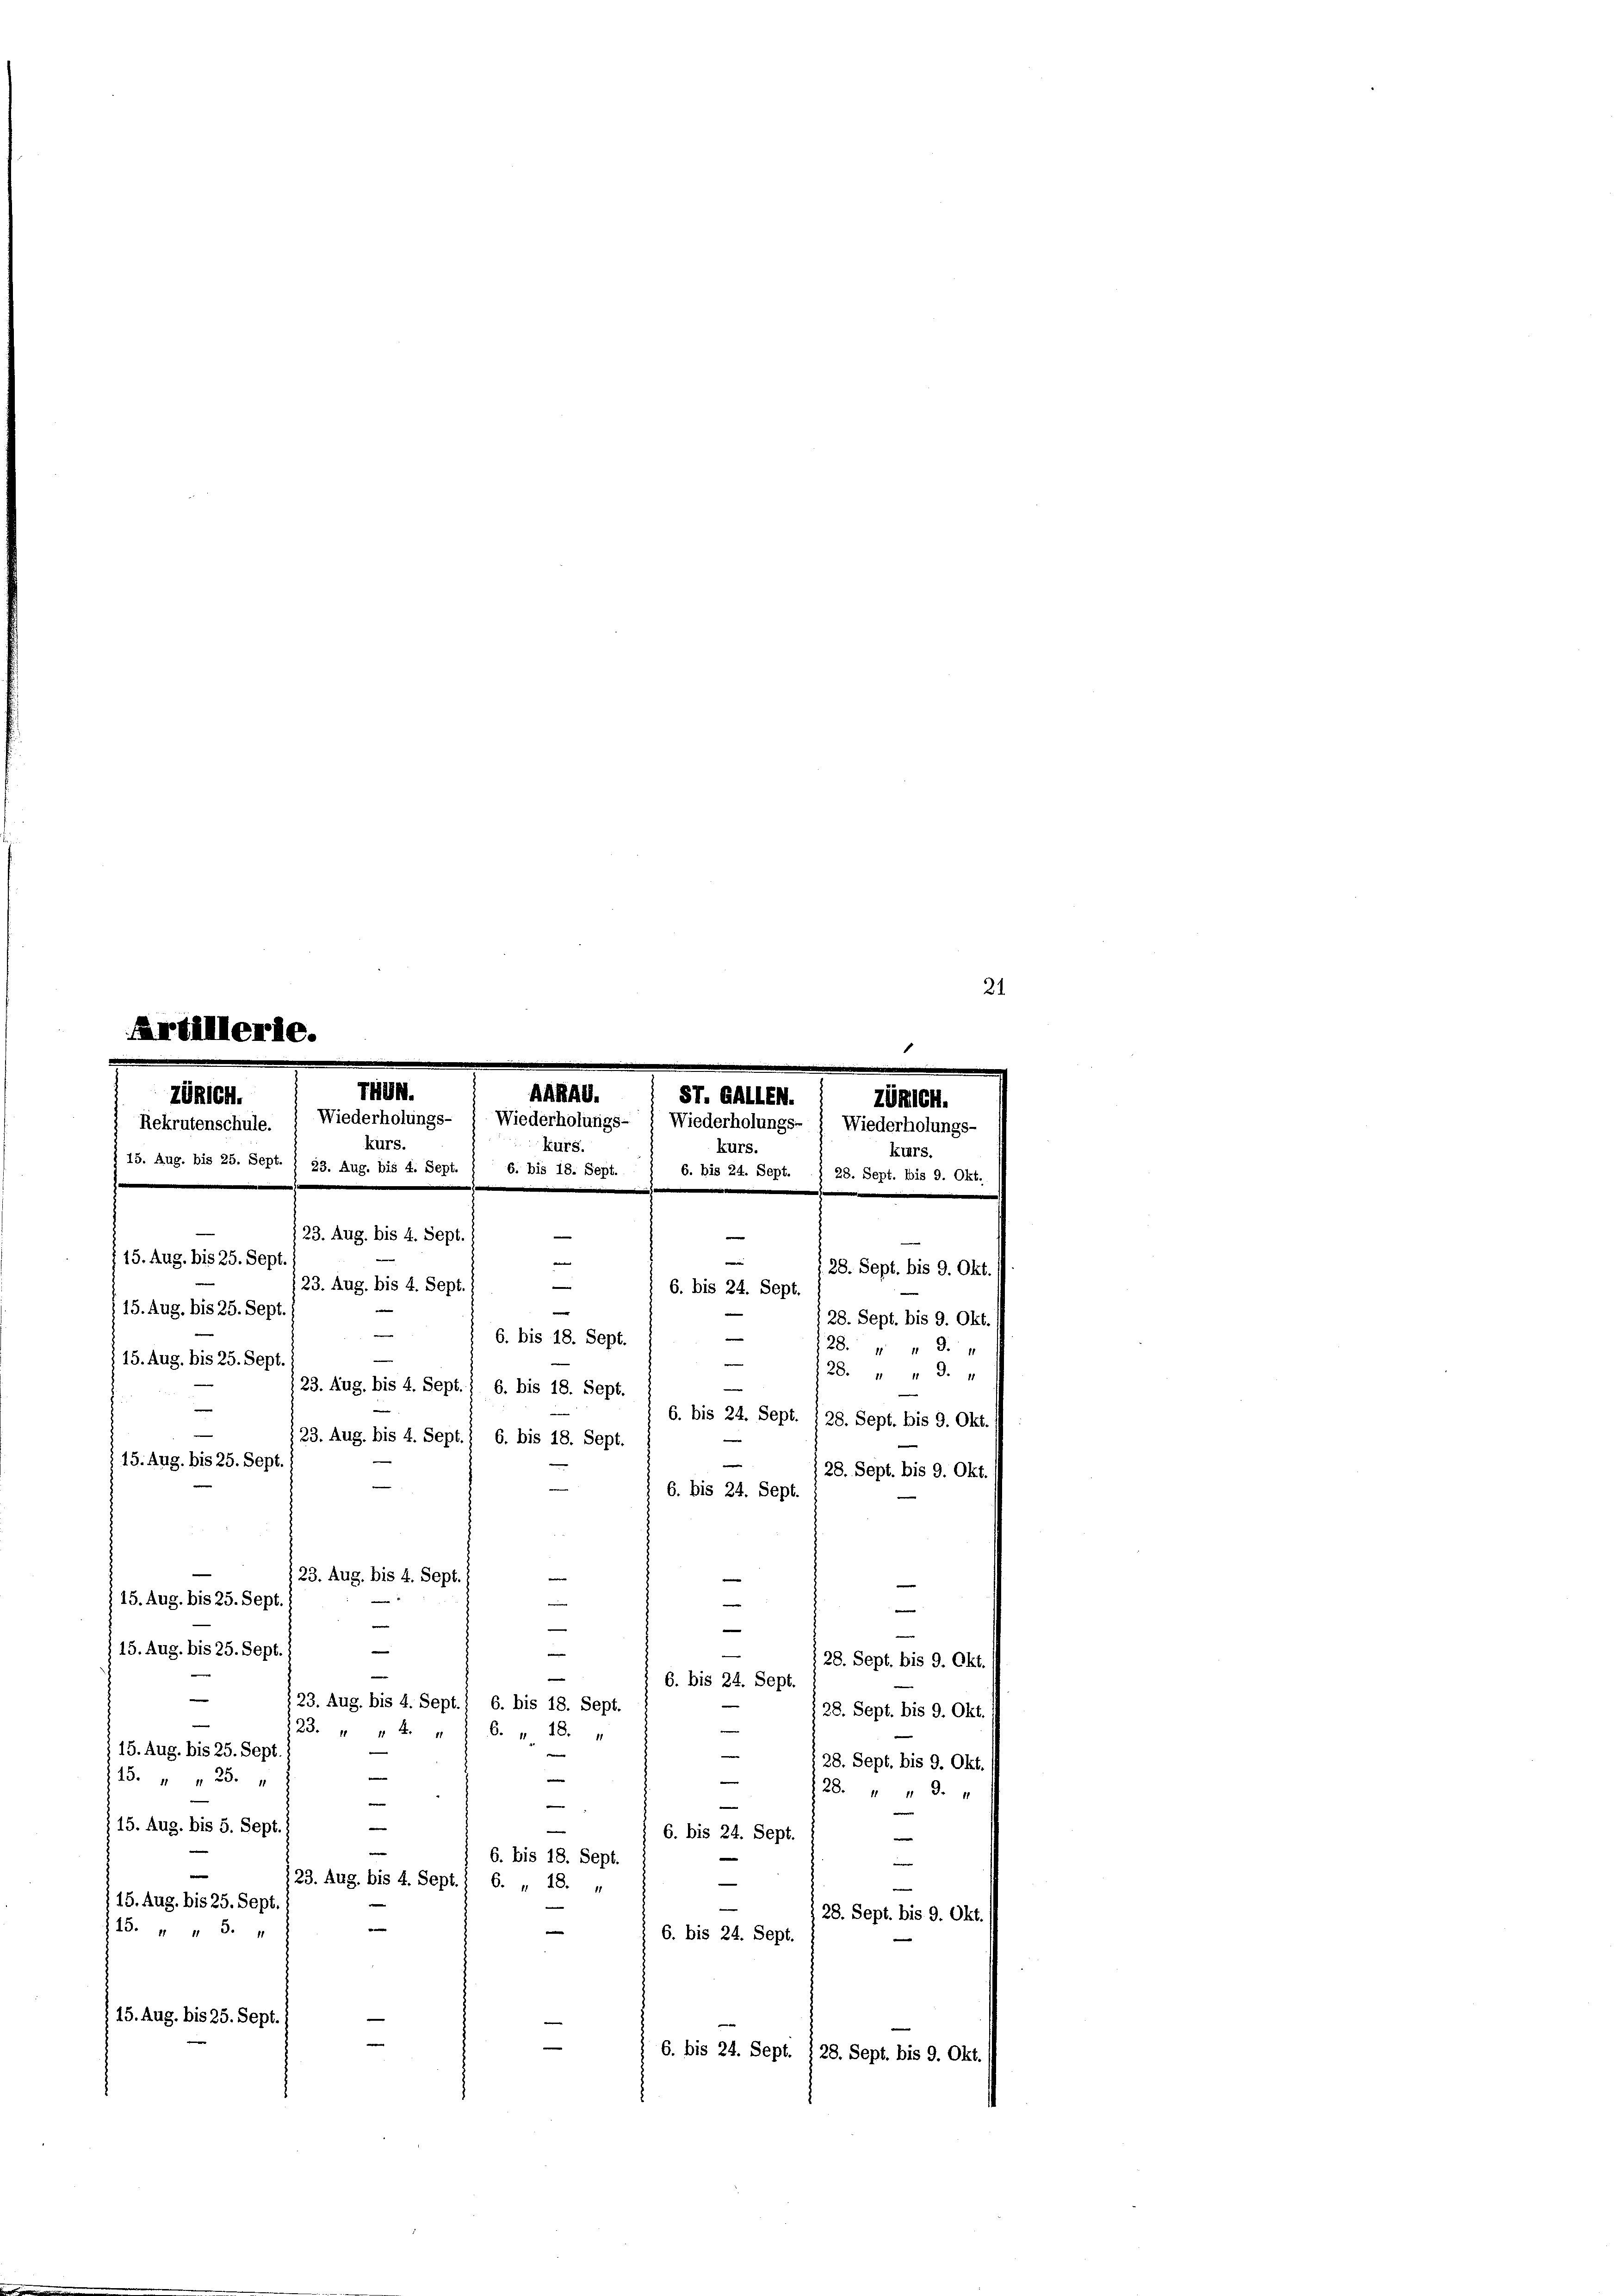
21

.
Thun.
AGRAG.
ST. GALLEN.
ZOhlen.
zönicht.
Wiederholungs-
Rekrutenschule.  Wiederholungs-
Wiederholungs- ) Wiederholungs-
kurs.
Kurs.
kurs.
kurs.
15. Aug. bis 25. Sept. 1 23. Aug. bis 4. Sept. ) 6. bis 18. Sept.
6. bis 24. Sept. § 28. Sept. bis 9. Okt.
 23. Aug. bis 4. Sept.
e
15. Aug. bis 25. Sept.
—
28. Sept. bis 9. Okt.
e
23. Aug. bis 4. Sept.
6. bis 24. Sept.

Artillerie.

15. Aug. bis 25. Sept
e
28. Sept. bis 9. Okt.
e
e
6. bis 18. Sept
28. " " "
—
15. Aug. bis 25. Sept.
28 " " 9.
 23. Aug, bis 4. Sept. 1 6. bis 18. Sept.
—
6. bis 24. Sept. 128. Sept. bis 9. Okt.
23. Aug. bis 4. Sept.) 6. bis 18. Sept.
§ 15. Aug. bis 25. Sept
e
28. Sept. bis 9. Okt.
e
6. bis 24. Sept.
e
123. Aug. bis 4. Sept.
15. Aug. bis 25. Sept

e
e
e
15. Aug. bis 25. Sept.
e
28. Sept. bis 9. Okt.
e
e
6. bis 24. Sept.

123. Aug. bis 4. Sept.) 6. bis 18. Sept.
28. Sept. bis 9. Okt.
3
123. " " 4. „ 1 S. „ 18. „
15. Aug. bis 25. Sept.
28. Sept. bis 9. Okt
e
e
15. " " 23.
e
28 " " 3 x
e
.
e
|
 15. Aug. bis 5. Sept. 1
e
6. bis 24. Sept.
e
e
6. bis 18. Sept.
e
e
23. Aug. bis 4. Sept.) 6. „ 18. „
15. Aug. bis 25. Sept.
28. Sept. bis 9. Okt.
e
13. " " 5.
e
6. bis 24. Sept
15. Aug. bis 25. Sept.
s
6. bis 24. Sept. 128. Sept. bis 9. Okt.